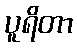
ပူရိတာ